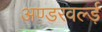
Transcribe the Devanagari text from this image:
अण्डरवर्ल्ड़